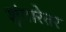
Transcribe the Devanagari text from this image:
शृंगारेतर